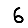
Digit: 6